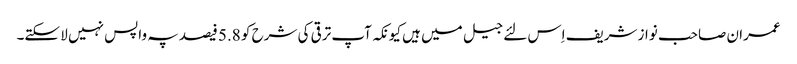
عمران صاحب نواز شریف اِس لئے جیل میں ہیں کیونکہ آپ ترقی کی شرح کو 5.8 فیصد پہ واپس نہیں لا سکتے۔